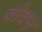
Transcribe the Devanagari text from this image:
बोवन